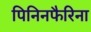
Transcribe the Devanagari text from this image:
पिनिनफैरिना